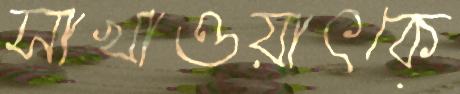
সাখাওয়াৎকে